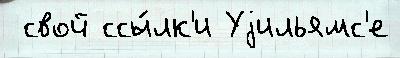
 свой ссы́лк'и Уjильямс'е